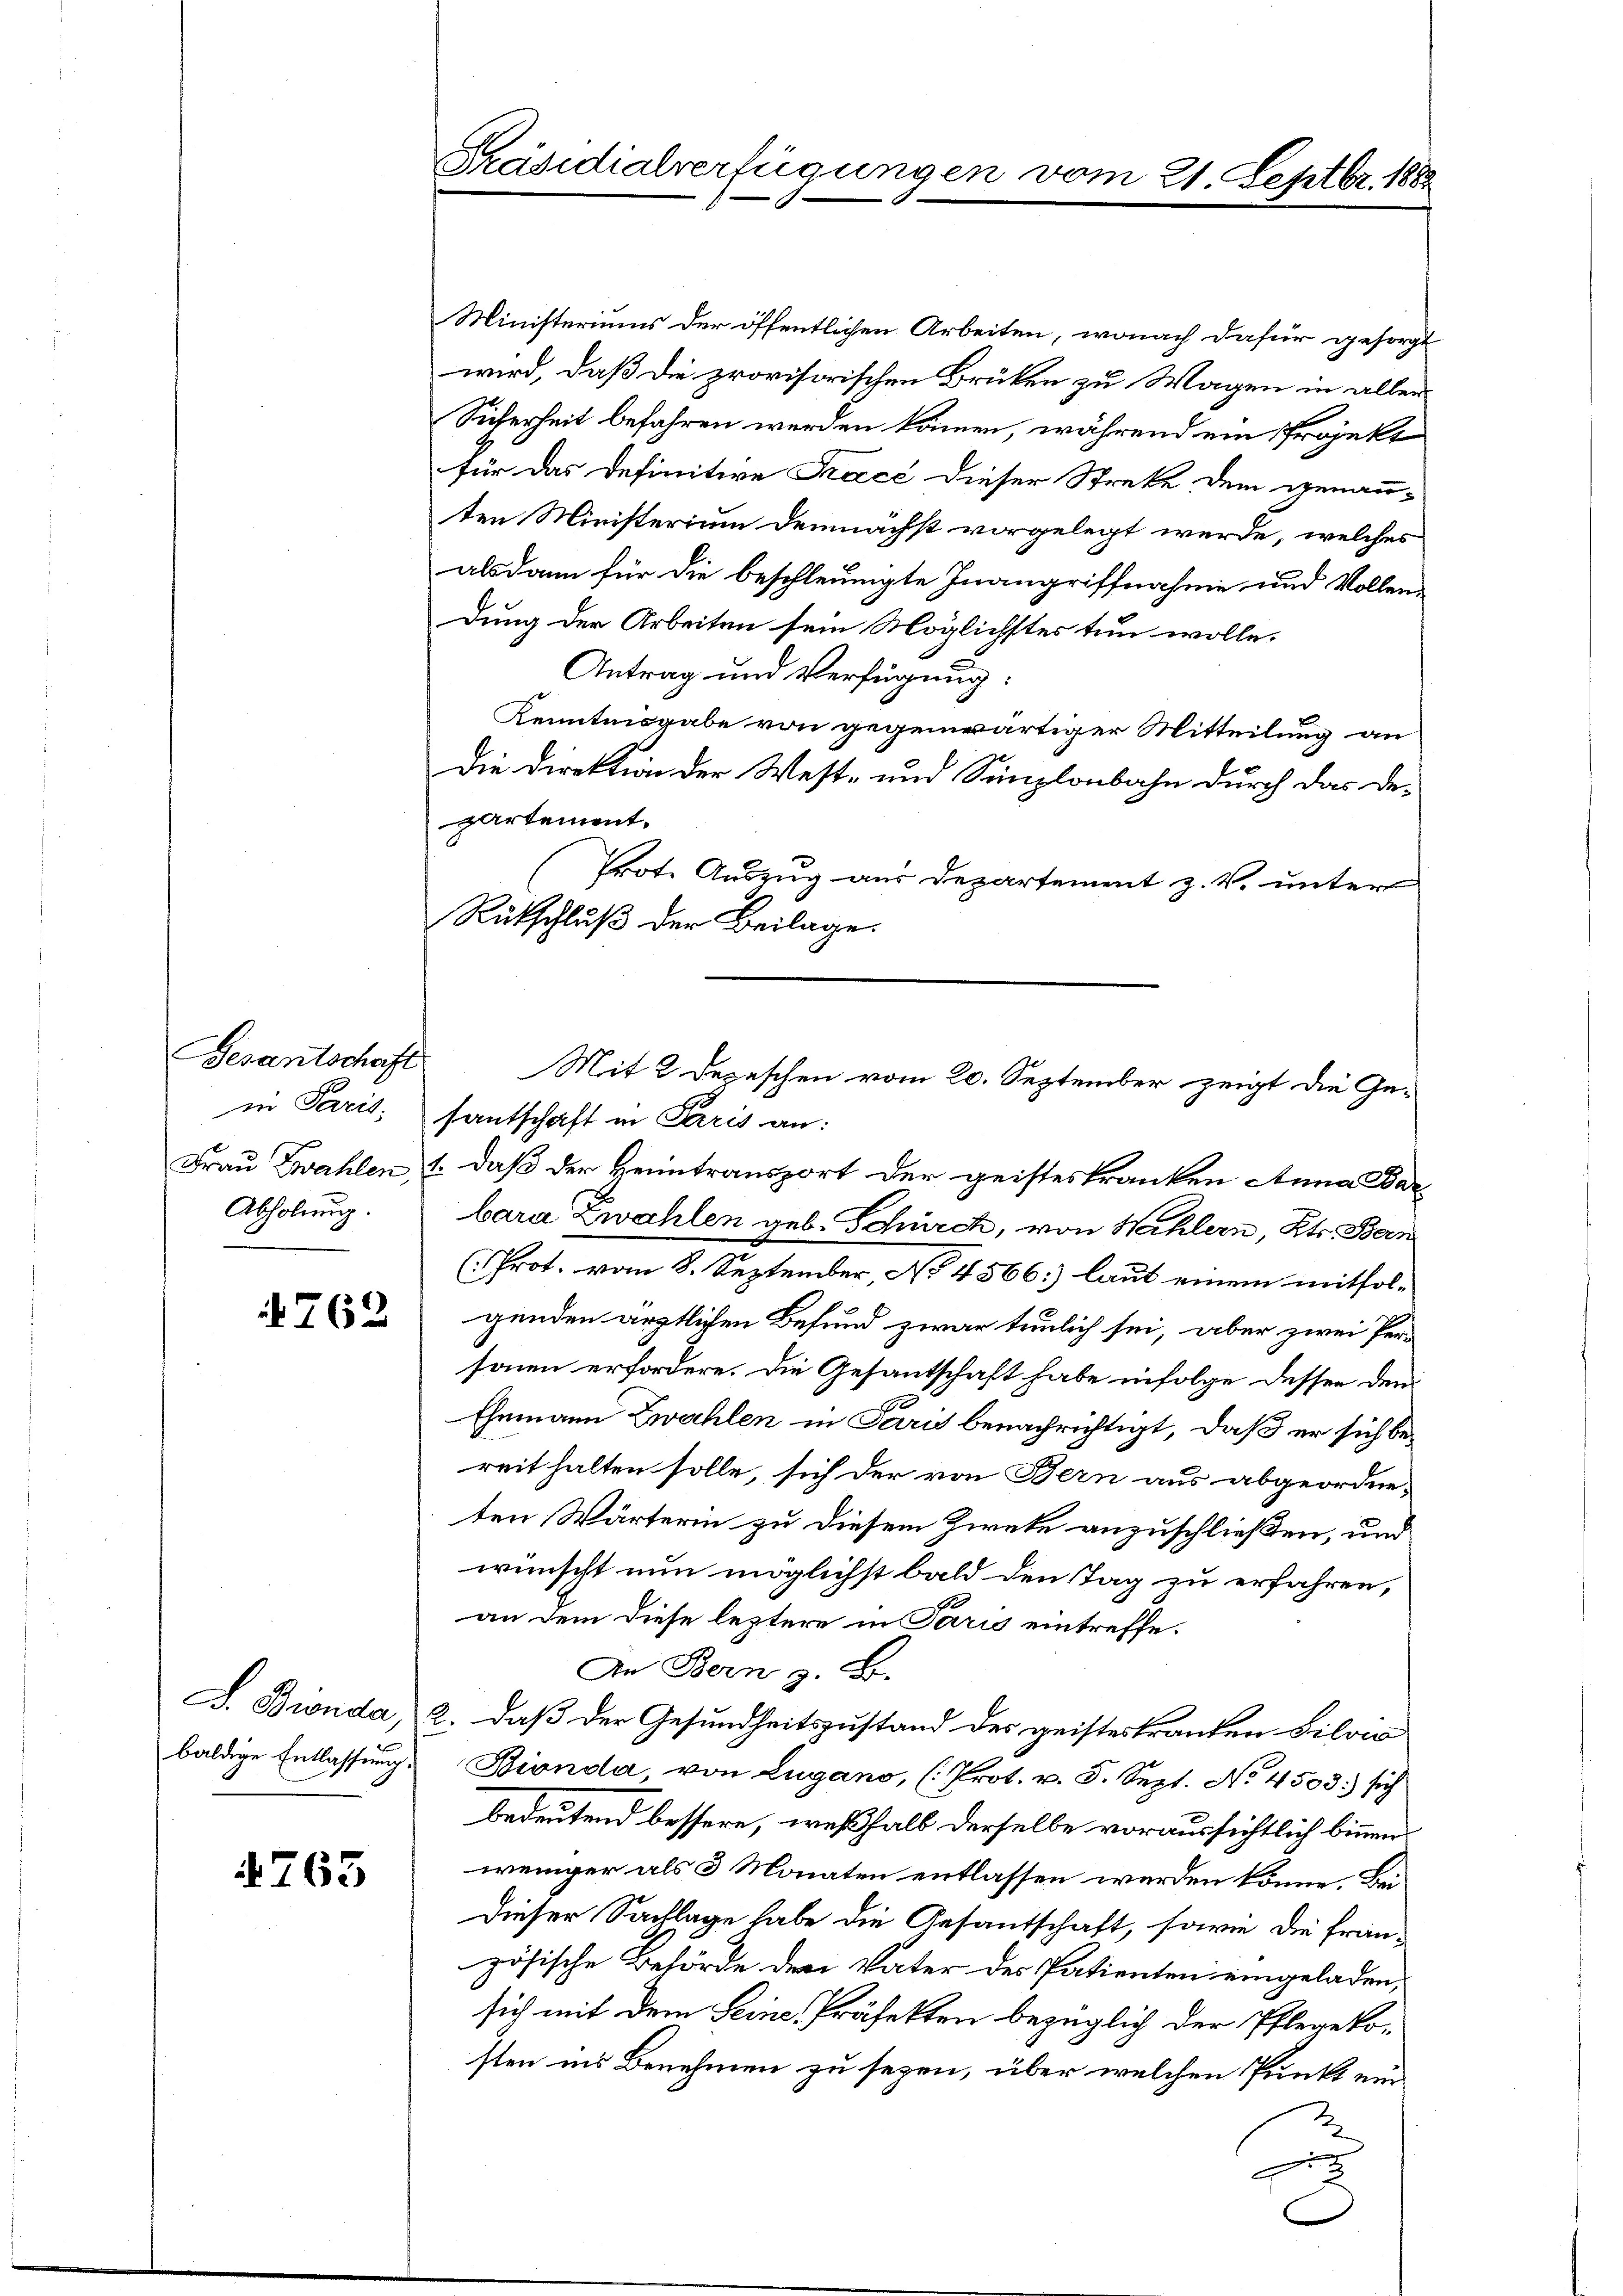
Gesantschaft
in Paris.
Abholung.

762

baldige Entlassung

4763

Präsidialverfügungen vom 21 Septbr. 1882

Ministeriums der öffentlichen Arbeiten, wonach dafür gesorgt
wird, daß die provisorischen Brüken zu Wagen in aller
Sicherheit befahren werden können, während ein Projekt
für das Definitive Trace dieser Streke dem genann-
ten Ministerium demnächst vorgelegt werde, welches
alsdann für die beschleunigte Inangriffnahme und Vollen
dung der Arbeiten sein Möglichstes tun wolle.
Antrag und Verfügung:
Kenntnisgabe von gegenwärtiger Mitteilung an
Die Direktion der West- und Simplonbahn durch das Departement.
Prote Auszug aus Departement z. V. unter
Rückschluß der Beilage.
Frau Zwahlen, 1. daß der Heimtransport der geisteskranken Anna Barbara Zwahlen geb. Schürch, von Wahlern, Kts. Bern
(Prot. vom 8. September, No 4566:) laut einem mitfol-
genden ärztlichen Befund zwar tenlich sei, aber zwei Per-
sonen erfordere. Die Gesantschaft habe infolge dessen den
Ehemann Zwahlen in Paris benachrichtigt, daß er sich bereit halten solle, sich der von Bern aus abgeordne-
ten Wärterin zu diesem Zwecke anzuschließen, und
wünscht nun möglichst bald den Tag zu erfahren,
an dem diese leztere in Paris eintreffe.
In Bern z. B.
F. Binda, 2. daß der Gesundheitszustand des geisteskranken Bilow
Bionda von Lugano, (Prot. v. 5. Sept. No. 4503. sich
bedeutend bessere, weßhalb derselbe voraussichtlich binnen.
weniger als 3 Monaten entlassen werden könne. Be¬
Dieser Sachlage habe die Gesantschaft, sowie die französische Behörde der Vater des Patienten eingeladen,
sich mit dem Seine, Präfekten bezüglich der Pflegekosten ins Benehmen zu sezen, über welchen Punkt ein
x

Mit 2 Depeschen vom 20. September zeigt die Gesantschaft in Paris an: